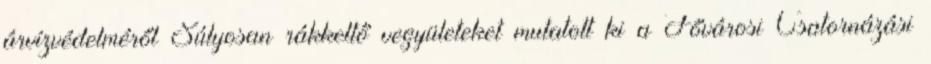
árvízvédelméről Súlyosan rákkeltő vegyületeket mutatott ki a Fővárosi Csatornázási